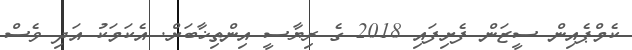
ކެމްޕެއިން ސީޒަން ފެށިފައި 2018 ގެ ރިޔާސީ އިންތިޚާބަށް. އެކަމަކު އަދި ވެސް